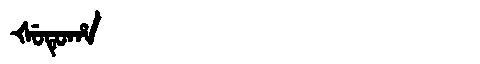
Manchu: ᡧᡠᡨᡠᡥᠠ
Romanization: ŠUTUHA